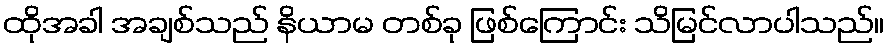
ထိုအခါ အချစ်သည် နိယာမ တစ်ခု ဖြစ်ကြောင်း သိမြင်လာပါသည်။